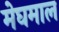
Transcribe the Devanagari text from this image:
मेघमाल